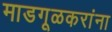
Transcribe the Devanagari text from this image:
माडगूळकरांना